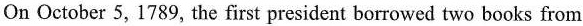
On October 5,1789,the first president borrowed two books from